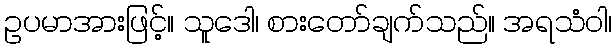
ဥပမာအားဖြင့်။ သူဒေါ၊ စားတော်ချက်သည်။ အရသံဝါ၊